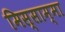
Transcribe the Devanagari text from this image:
मिस्साम्मा